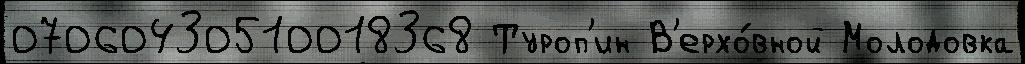
07060430510018368 Туроп'ин В'ерхо́вной Молодовка